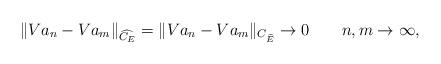
LaTeX: \begin{align*}\|V a_n-V a_m\|_{\widehat{C_E}}=\|V a_n-Va_m\|_{C_{\widehat{E}}}\to 0 \ \ \ \ \ \ n,m\to\infty,\end{align*}